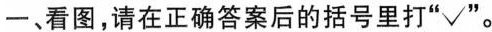
一、看图，请在正确答案后的括号里打”√ ”。